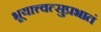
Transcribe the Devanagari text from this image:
भूयात्त्वत्सुप्रभातं